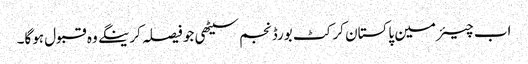
اب چیئرمین پاکستان کرکٹ بورڈ نجم سیٹھی جو فیصلہ کرینگے وہ قبول ہوگا۔